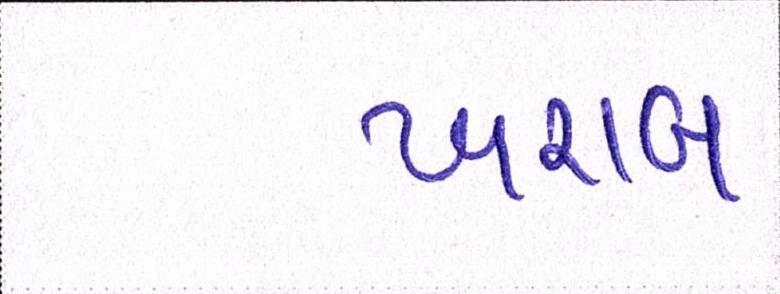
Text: ખરાબ